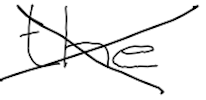
Text: the
Cross-out: cross
Writing tool: digital_black